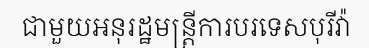
ជាមួយអនុរដ្ឋមន្ត្រីការបរទេសបុរីវ៉ា